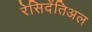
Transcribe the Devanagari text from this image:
रेसिदेंतिअल